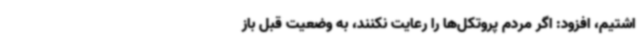
اشتیم، افزود: اگر مردم پروتکل‌ها را رعایت نکنند، به وضعیت قبل باز